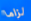
لزاما